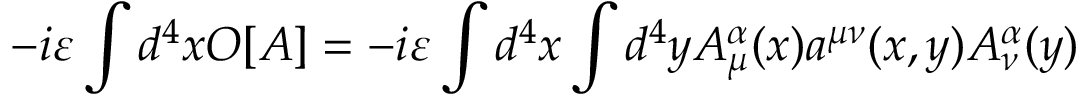
- i \varepsilon \int d ^ { 4 } x O [ A ] = - i \varepsilon \int d ^ { 4 } x \int d ^ { 4 } y A _ { \mu } ^ { \alpha } ( x ) a ^ { \mu \nu } ( x , y ) A _ { \nu } ^ { \alpha } ( y )